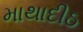
માથાદીઠ